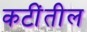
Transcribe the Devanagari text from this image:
कटींतील